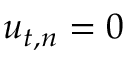
u _ { t , n } = 0